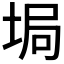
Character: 𡌟